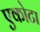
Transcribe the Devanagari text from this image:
एकोटा